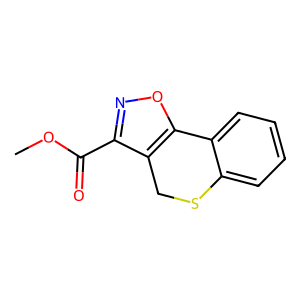
SMILES: COC(=O)c1noc2c1CSc1ccccc1-2
Inhibits HIV replication: No